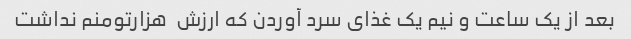
بعد از یک ساعت و نیم یک غذای سرد آوردن که ارزش  هزارتومنم نداشت